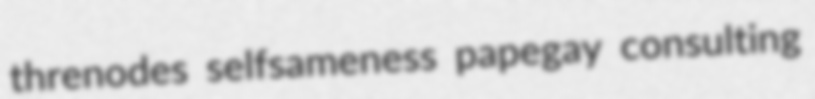
threnodes selfsameness papegay consulting